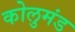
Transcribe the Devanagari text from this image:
कोलुमंड